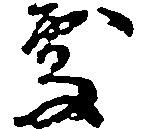
処